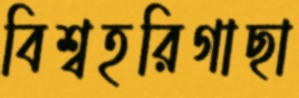
বিশ্বহরিগাছা